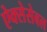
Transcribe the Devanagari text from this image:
ऐक्सेसेबल